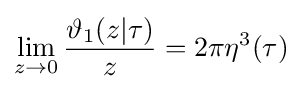
\lim _{z\to 0}{\frac {\vartheta _{1}(z|\tau )}{z}}=2\pi \eta ^{3}(\tau )